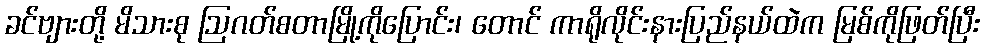
ခင်ဗျားတို့ မိသားစု ဩဂတ်စတာမြို့ကိုပြောင်း၊ တောင် ကာရိုလိုင်းနားပြည်နယ်ထဲက မြစ်ကိုဖြတ်ပြီး